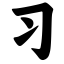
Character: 习